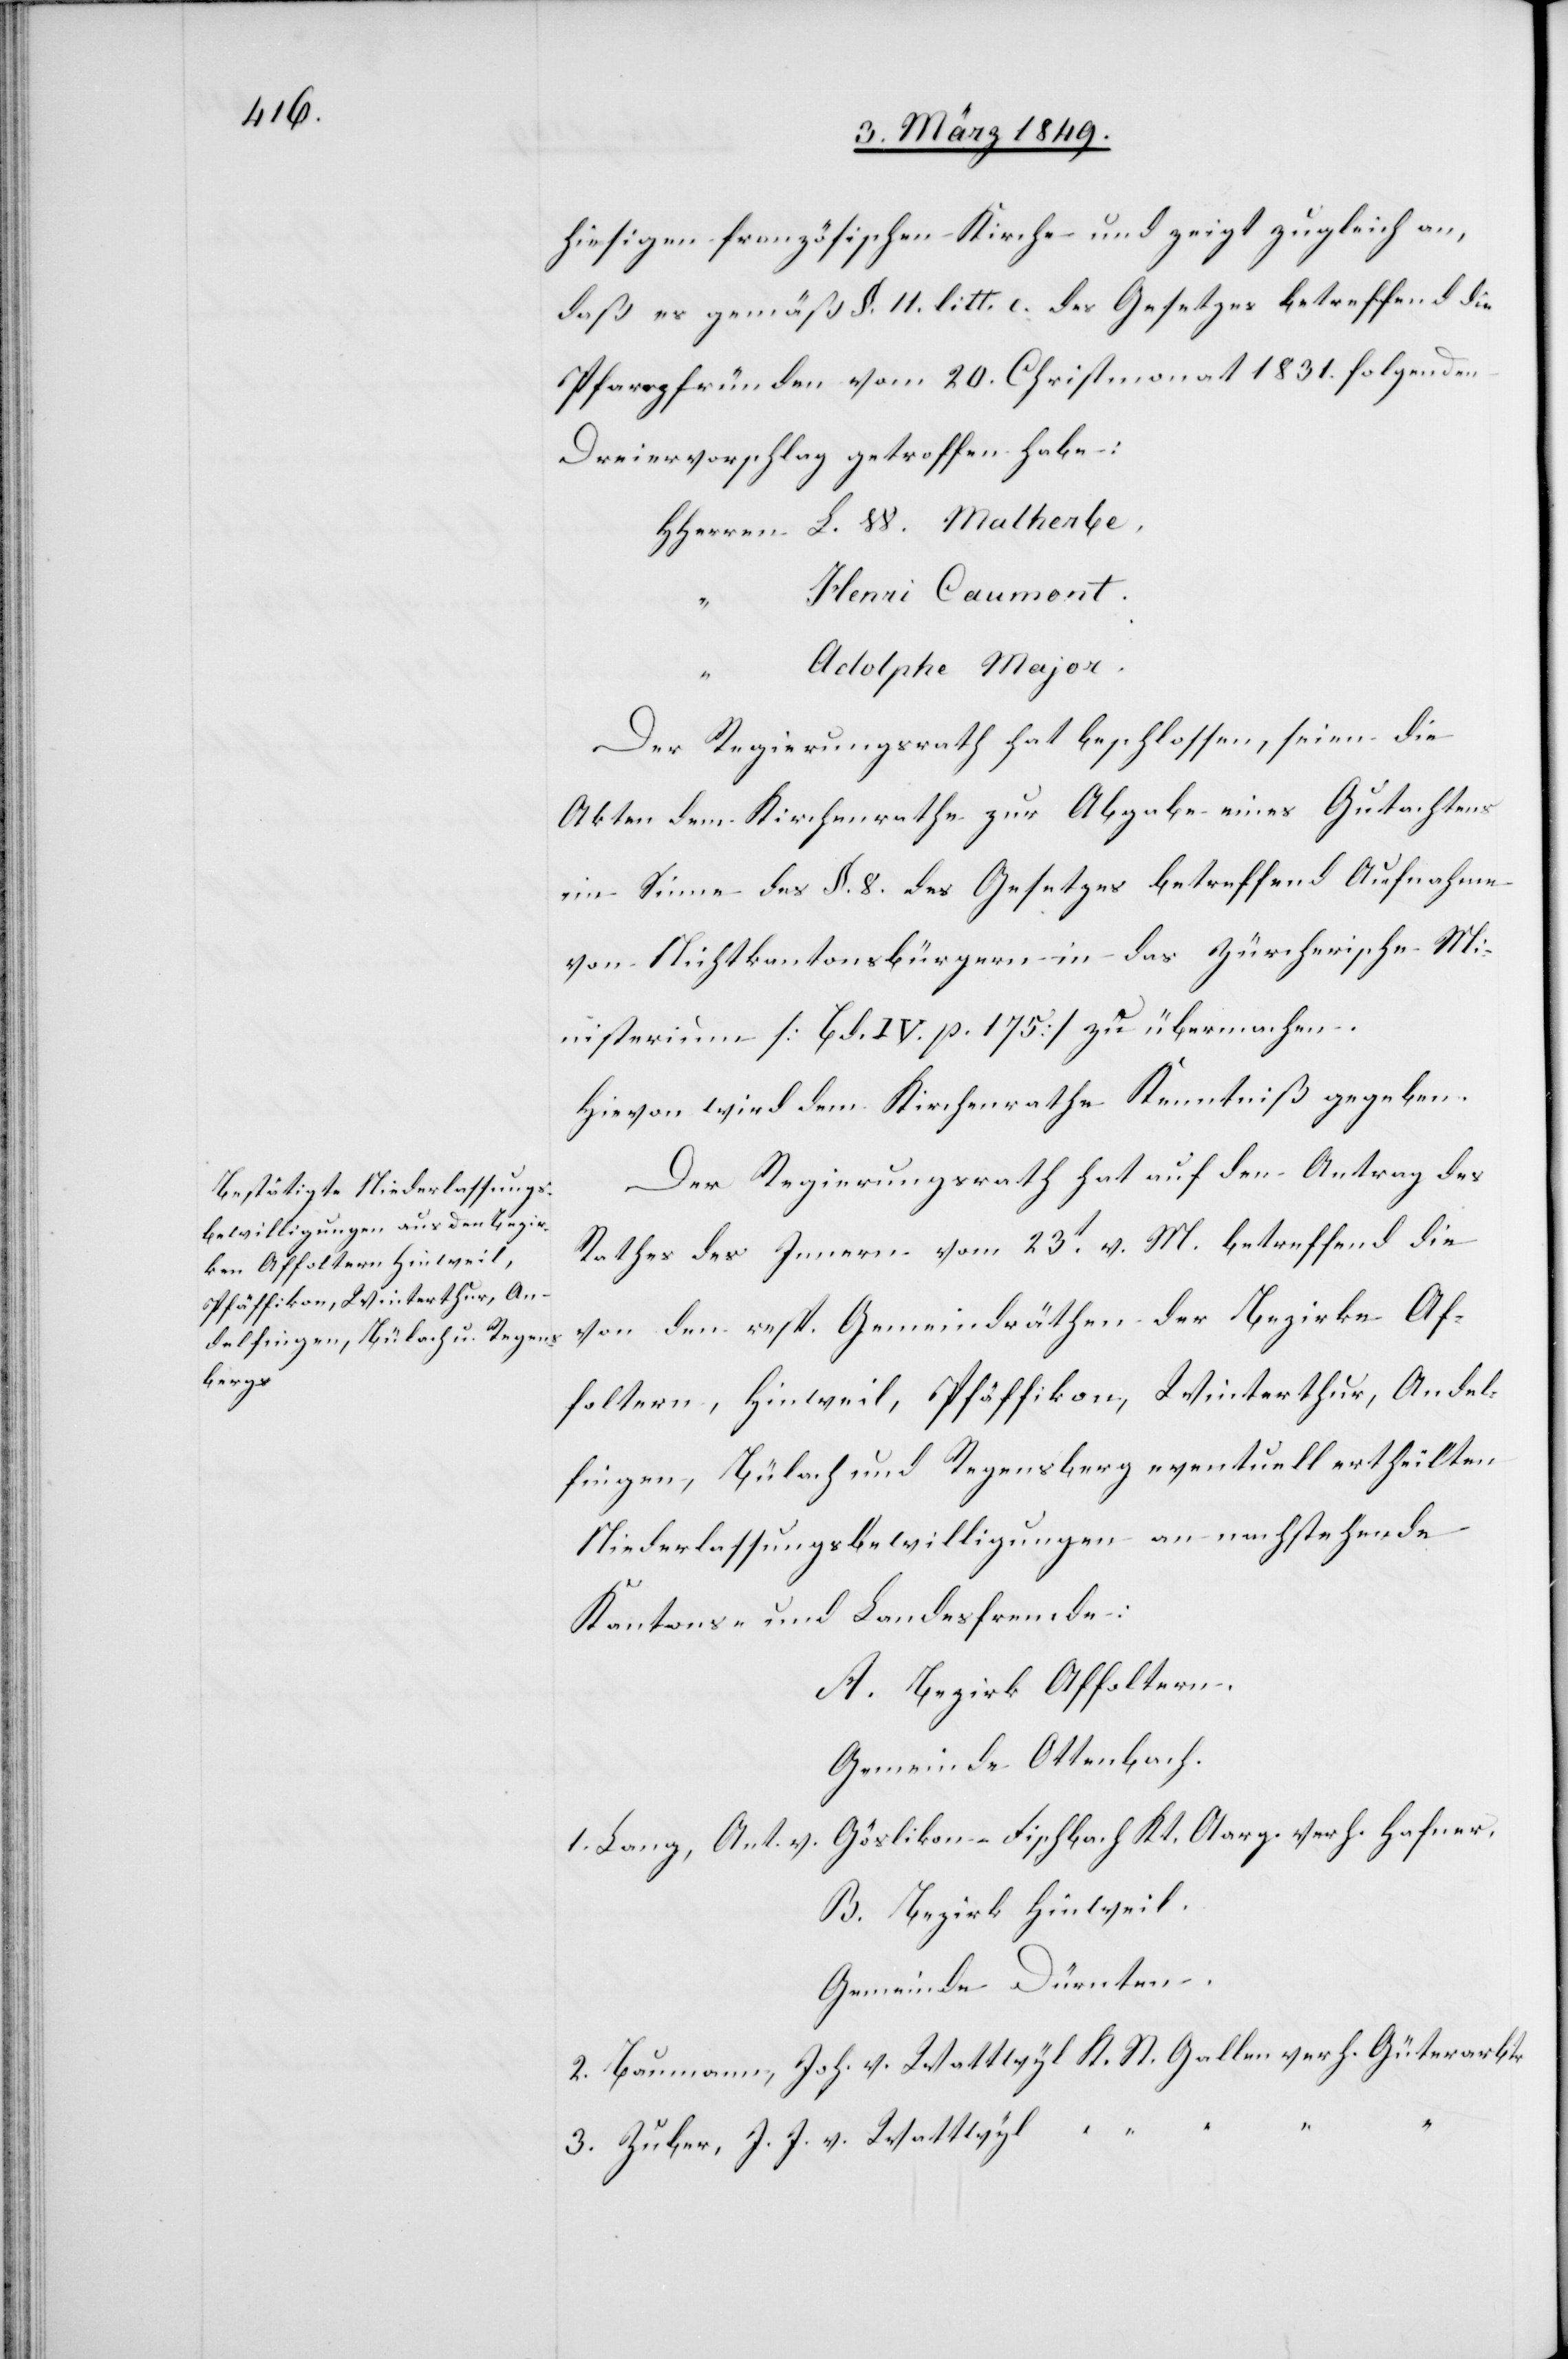
hiesigen französischen Kirche und zeigt zugleich an,
daß es gemäß §. 11. litt. c. des Gesetzes betreffend die
Pfarrpfründen vom 20. Christmonat 1831. folgenden
Dreiervorschlag getroffen habe:
HHerren L. W. Malherbe,
Henri Caumont.
“
Adolphe Major.
Der Regierungsrath hat beschlossen, seien die
Akten dem Kirchenrathe zur Abgabe eines Gutachtens
im Sinne des §. 8. des Gesetzes betreffend Aufnahme
von Nichtkantonsbürgern in das Zürcherische Mi¬
nisterium [Bd. IV. p. 175] zu übermachen.
Hievon wird dem Kirchenrathe Kenntniß gegeben.
Der Regierungsrath hat auf den Antrag des
Rathes des Innern vom 23t. v. M. betreffend die
von den resp. Gemeindräthen der Bezirke Af¬
foltern, Hinweil, Pfäffikon, Winterthur, Andel¬
fingen, Bülach und Regensberg eventuell ertheilten
Niederlassungsbewilligungen an nachstehende
Kantons- und Landesfremde:
A. Bezirk Affoltern.
Gemeinde Ottenbach.
Göslikon-Fischbach Kt. Aarg. verh. Hafner.
1. Lang, Ant. v.
B. Bezirk Hinweil.
Gemeinde Dürnten.
2. Baumann, Joh. v. Wattwyl K. St. Gallen verh. Güterarbtr
3. Zuber, J. J. v. Wattwyl “